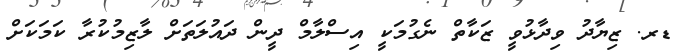
ޑރ. ޒިޔާދު ވިދާޅުވީ ޒަކާތް ނެގުމަކީ އިސްލާމް ދީން ދައުލަތަށް ލާޒިމުކުރާ ކަމަކަށް